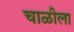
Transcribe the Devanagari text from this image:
चाळीला